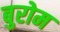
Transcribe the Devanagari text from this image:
बुरोम